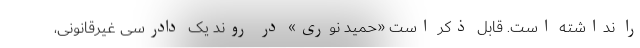
را نداشته است. قابل ذکر است «حمید نوری» در روند یک دادرسی غیرقانونی،